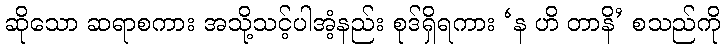
ဆိုသော ဆရာစကား အသို့သင့်ပါအံ့နည်း စုဒ်ရှိရကား ‘န ဟိ တာနိ’ စသည်ကို